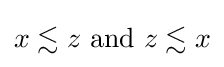
x\lesssim z{\text{ and }}z\lesssim x